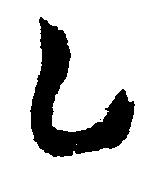
乙